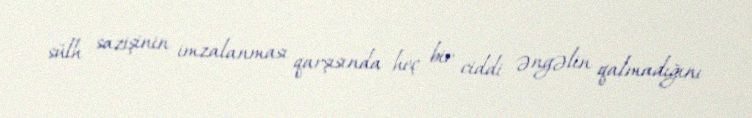
sülh sazişinin imzalanması qarşısında heç bir ciddi əngəlin qalmadığını